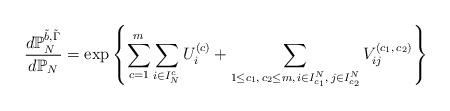
LaTeX: \begin{align*}\frac{d\mathbb{P}_{N}^{\tilde{b},\tilde{\Gamma}}}{d\mathbb{P}_{N}}=\exp\left\{ \sum_{c=1}^{m}\sum_{i\in I_{N}^{c}}U_{i}^{(c)}+\sum_{\substack{1\le c_{1},\,c_{2}\le m,\,i\in I_{c_{1}}^{N},\,j\in I_{c_{2}}^{N}}}V_{ij}^{(c_{1},\,c_{2})}\right\} \end{align*}